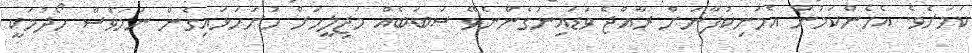
ކަމަށެވެ. އެހެންކަމުން އެމަނިކުފާނަށް ރާއްޖެ ވަޑައިނުގެންނެވޭ ސަބަބެއް މަޖިލީހަށް ހުށަހަޅައިގެން ނަމަވެސް ހޯދުމަކީ